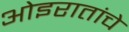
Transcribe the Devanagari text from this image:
ओइरातांचे